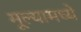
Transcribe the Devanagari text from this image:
मूल्यामध्ये